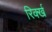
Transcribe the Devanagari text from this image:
रिर्क्ख